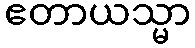
ဧတာယသ္မာ